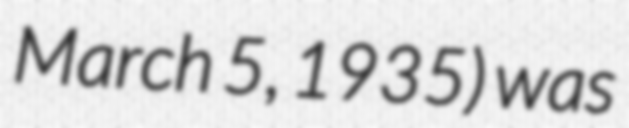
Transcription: March 5, 1935) was